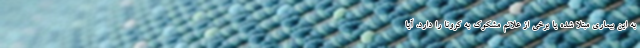
به این بیماری مبتلا شده یا برخی از علائم مشکوک به کرونا را دارد، آیا